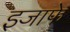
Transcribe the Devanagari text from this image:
इजाफे